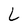
Character: L